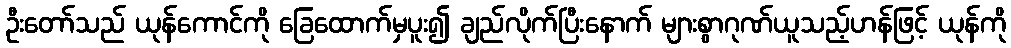
ဦးတော်သည် ယုန်ကောင်ကို ခြေထောက်မှပူး၍ ချည်လိုက်ပြီးနောက် များစွာဂုဏ်ယူသည့်ဟန်ဖြင့် ယုန်ကို